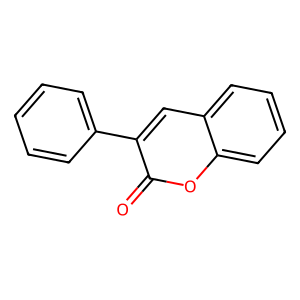
SMILES: O=c1oc2ccccc2cc1-c1ccccc1
Inhibits HIV replication: No